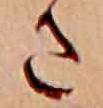
さ